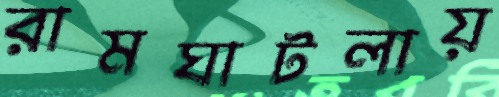
রামঘাটলায়